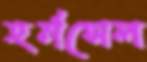
হর্নসেল